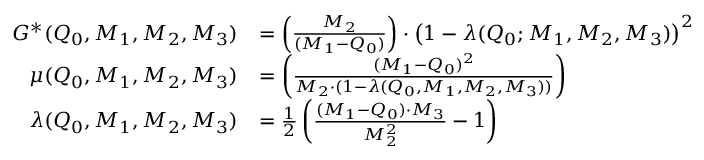
\begin{array} { r l } { G ^ { * } ( Q _ { 0 } , M _ { 1 } , M _ { 2 } , M _ { 3 } ) } & { = \left( \frac { M _ { 2 } } { ( M _ { 1 } - Q _ { 0 } ) } \right) \cdot \left( 1 - \lambda ( Q _ { 0 } ; M _ { 1 } , M _ { 2 } , M _ { 3 } ) \right) ^ { 2 } } \\ { \mu ( Q _ { 0 } , M _ { 1 } , M _ { 2 } , M _ { 3 } ) } & { = \left( \frac { ( M _ { 1 } - Q _ { 0 } ) ^ { 2 } } { M _ { 2 } \cdot ( 1 - \lambda ( Q _ { 0 } , M _ { 1 } , M _ { 2 } , M _ { 3 } ) ) } \right) } \\ { \lambda ( Q _ { 0 } , M _ { 1 } , M _ { 2 } , M _ { 3 } ) } & { = \frac { 1 } { 2 } \left( \frac { ( M _ { 1 } - Q _ { 0 } ) \cdot M _ { 3 } } { M _ { 2 } ^ { 2 } } - 1 \right) } \end{array}